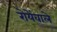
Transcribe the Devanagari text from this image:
रोयेंवाले